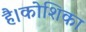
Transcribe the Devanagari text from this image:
है।कोशिका